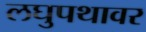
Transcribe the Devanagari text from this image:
लघुपथावर